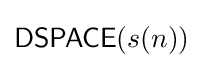
{\mathsf {DSPACE}}(s(n))